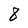
Character: 8